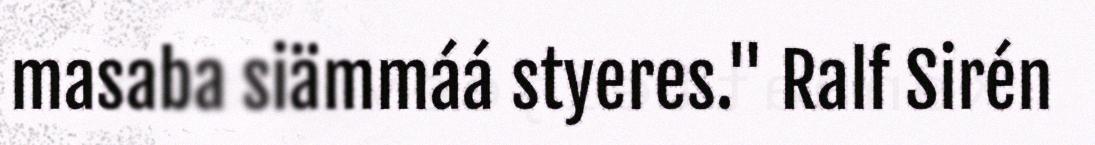
masaba siämmáá styeres." Ralf Sirén